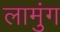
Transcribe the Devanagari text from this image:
लामुंग